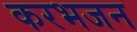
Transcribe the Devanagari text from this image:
करभजन